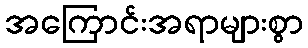
အကြောင်းအရာများစွာ